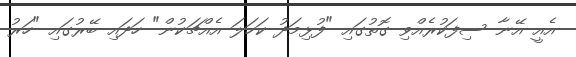
އެއީ އޭނާ ސިފަކުރެއްވި ގޮތުގައި "ފުޅިމަދު ކަހަލަ އެއްޗަކުން" ހަދައި ބޭރުގައި "ހަރު